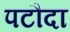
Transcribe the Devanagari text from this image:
पटौदा